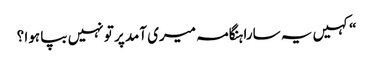
“کہیں یہ سارا ہنگامہ میری آمد پر تو نہیں بپا ہوا ؟